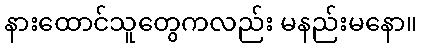
နားထောင်သူတွေကလည်း မနည်းမနော။